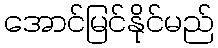
အောင်မြင်နိုင်မည်